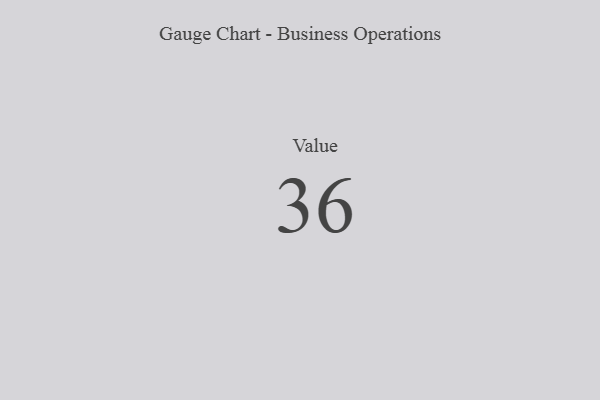
{"axis": {"x": "Metric", "y": "Value"}, "legend": [""], "data": [{"x": "Value", "y": 36, "type": ""}]}